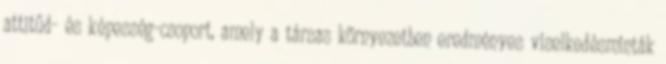
attitűd- és képesség-csoport, amely a társas környezetben eredményes viselkedésminták